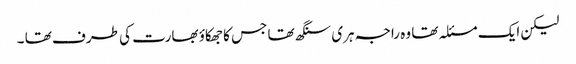
لیکن ایک مسئلہ تھا وہ راجہ ہری سنگھ تھا جس کا جھکاؤ بھارت کی طرف تھا ۔